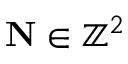
\mathbf { N } \in \mathbb { Z } ^ { 2 }